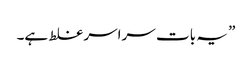
” یہ بات سراسر غلط ہے۔